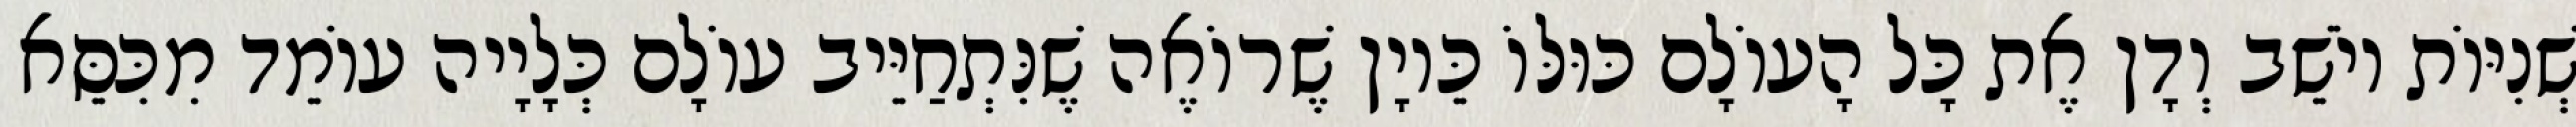
שְׁנִיּוֹת יוֹשֵׁב וְדָן אֶת כָּל הָעוֹלָם כּוּלּוֹ כֵּיוָן שֶׁרוֹאֶה שֶׁנִּתְחַיֵּיב עוֹלָם כְּלָיָיה עוֹמֵד מִכִּסֵּא